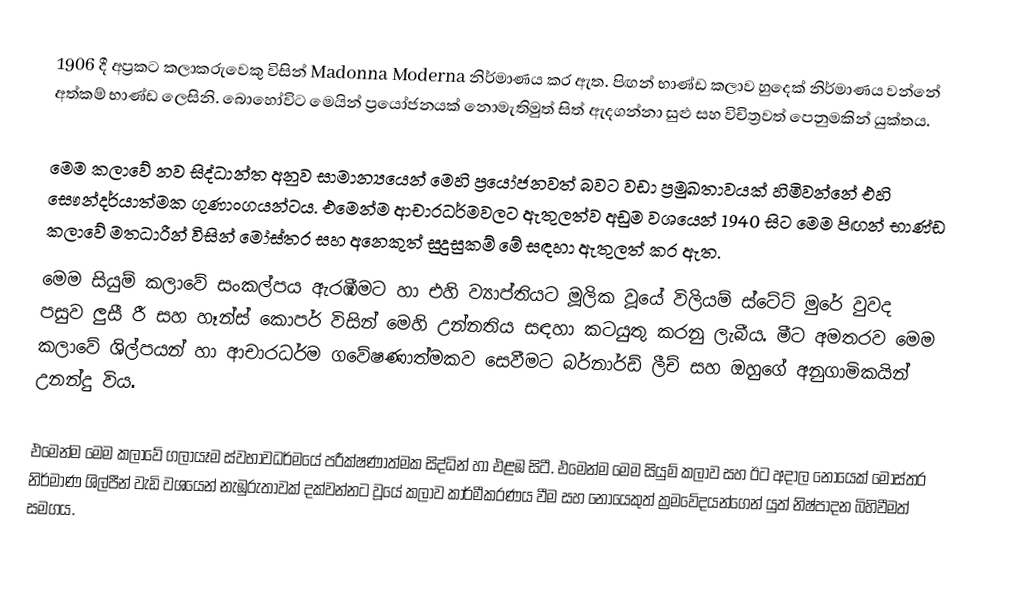
1906 දී අප්‍රකට කලාකරුවෙකු විසින් Madonna  Moderna  නිර්මාණය කර ඇත. පිඟන් භාණ්ඩ කලාව හුදෙක් නිර්මාණය වන්නේ අත්කම් භාණ්ඩ ලෙසිනි. බොහෝවිට මෙයින් ප්‍රයෝජනයක් නොමැතිමුත් සිත් ඇදගන්නා සුළු සහ විචිත්‍රවත් පෙනුමකින් යුක්තය.

මෙම කලාවේ නව සිද්ධාන්ත අනුව සාමාන්‍යයෙන් මෙහි ප්‍රයෝජනවත් බවට වඩා ප්‍රමුඛතාවයක් හිමිවන්නේ එහි සෞන්දර්යාත්මක ගුණාංගයන්ටය. එමෙන්ම ආචාරධර්මවලට ඇතුලත්ව අඩුම වශයෙන් 1940 සිට මෙම පිඟන් භාණ්ඩ කලාවේ මතධාරීන් විසින් මෝස්තර සහ අනෙකුත් සුදුසුකම් මේ සඳහා ඇතුලත් කර ඇත.
මෙම සියුම් කලාවේ සංකල්පය ඇරඹීමට හා එහි ව්‍යාප්තියට මූලික වූයේ  විලියම් ස්ටේට් මුරේ වුවද පසුව  ලුසී රී  සහ  හෑන්ස් කොපර් විසින් මෙහි උන්නතිය සඳහා කටයුතු කරනු ලැබීය. මීට අමතරව මෙම කලාවේ ශිල්පයන් හා ආචාරධර්ම ගවේෂණාත්මකව සෙවීමට බර්නාර්ඩ් ලීච් සහ ඔහුගේ අනුගාමිකයින් උනන්දු විය.

එමෙන්ම මෙම කලාවේ ගලායෑම ස්වභාවධර්මයේ පරීක්ෂණාත්මක සිද්ධින් හා එළඹ සිටී. එමෙන්ම මෙම සියුම් කලාව සහ ඊට අදාල නොයෙක් මෝස්තර නිර්මාණ ශිල්පීන් වැඩි වශයෙන් නැඹුරුතාවක් දක්වන්නට වූයේ කලාව කාර්මීකරණය වීම සහ නොයෙකුත් ක්‍රමවේදයන්ගෙන් යුත් නිෂ්පාදන බිහිවීමත් සමගය.